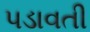
પડાવતી